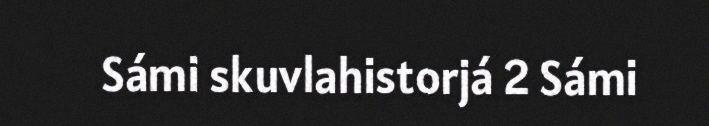
Sámi skuvlahistorjá 2 Sámi